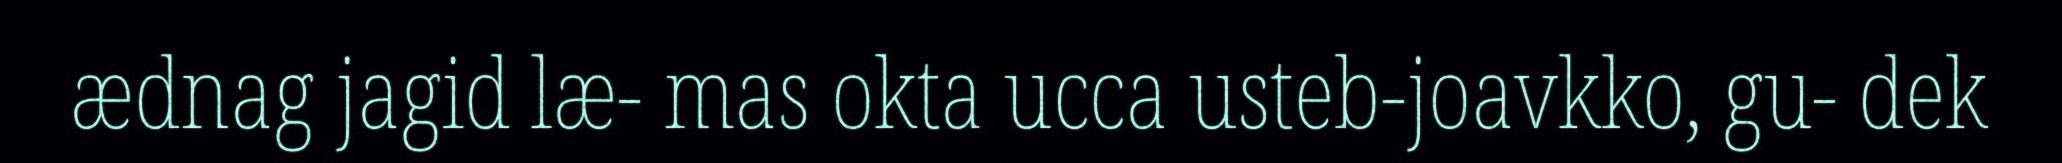
ædnag jagid læ- mas okta ucca usteb-joavkko, gu- dek